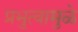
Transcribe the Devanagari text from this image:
प्रभुत्वामुळे